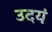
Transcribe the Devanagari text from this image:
उदयं